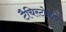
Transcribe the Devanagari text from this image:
टैचिस्टोकोप